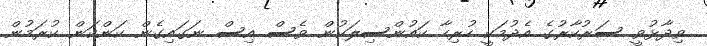
ވިދާޅުވީ ސަރުކާރުގެ އެދުމަކީ ހުރިހާ ކައުންސިލަކުން ވެސް އިސް ނަގައިގެން ކަންކަން ކުރަމުން